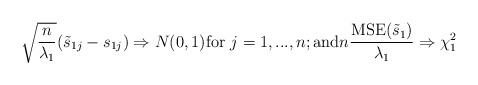
\begin{align*}\sqrt{\frac{n}{\lambda_1}}(\tilde{s}_{1j}-s_{1j}) \Rightarrow N(0,1) \mbox{for $j=1,...,n$}; \mbox{and} n\frac{\mbox{MSE}(\tilde{s}_1)}{\lambda_1}\Rightarrow \chi_1^2\end{align*}